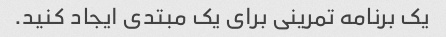
یک برنامه تمرینی برای یک مبتدی ایجاد کنید.